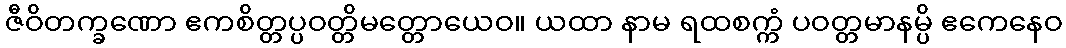
ဇီဝိတက္ခဏော ဧကစိတ္တပ္ပဝတ္တိမတ္တောယေဝ။ ယထာ နာမ ရထစက္ကံ ပဝတ္တမာနမ္ပိ ဧကေနေဝ